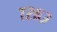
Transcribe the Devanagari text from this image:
७२६३